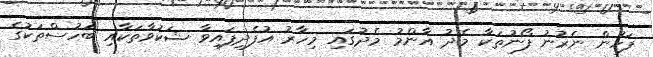
ފަހުން ނެރުނު ފޯނުތަކާ މެދު އާންމު މެދުގައި މިހާރު އުފެދިފައިވާ ޝަކުވާތަކާއި ބަހުސްތަކުގެ